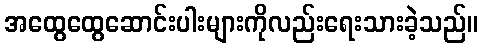
အထွေထွေဆောင်းပါးများကိုလည်းရေးသားခဲ့သည်။